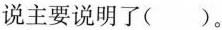
说主要说明了( )。